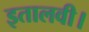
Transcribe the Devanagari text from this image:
इतालवी।